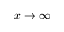
x \to \infty